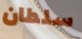
سلطان